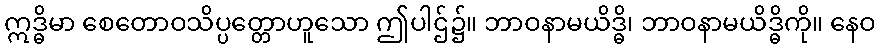
ဣဒ္ဓိမာ စေတောဝသိပ္ပတ္တောဟူသော ဤပါဌ်၌။ ဘာဝနာမယိဒ္ဓိ၊ ဘာဝနာမယိဒ္ဓိကို။ နေဝ